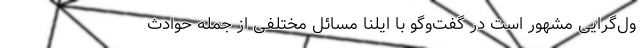
ول‌گرایی مشهور است در گفت‌وگو با ایلنا مسائل مختلفی از جمله حوادث